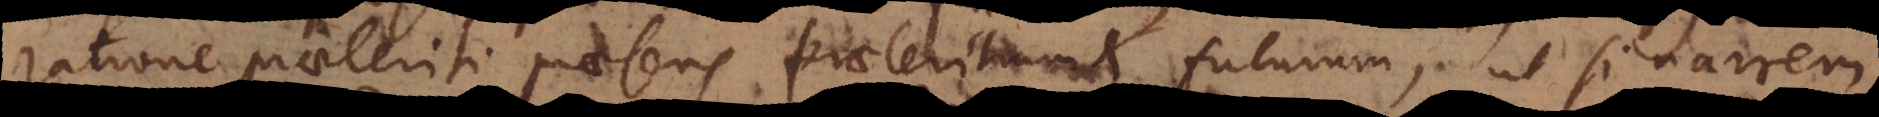
praeteriti praesens, praeteritum et futurum, ut si narrem